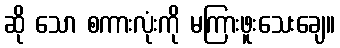
ဆို သော စကားလုံးကို မကြားဖူးသေးချေ။